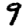
Digit: 9